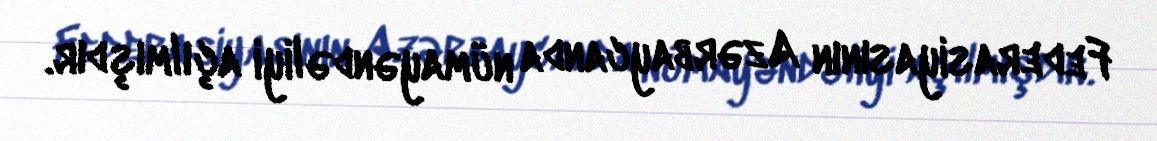
Federasiyasının Azərbaycanda nümayəndəliyi açılmışdır.